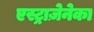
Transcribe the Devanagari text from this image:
एस्ट्राज़ेनेका